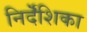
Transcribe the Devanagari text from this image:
निर्दॆशिका